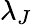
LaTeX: \lambda_{J}